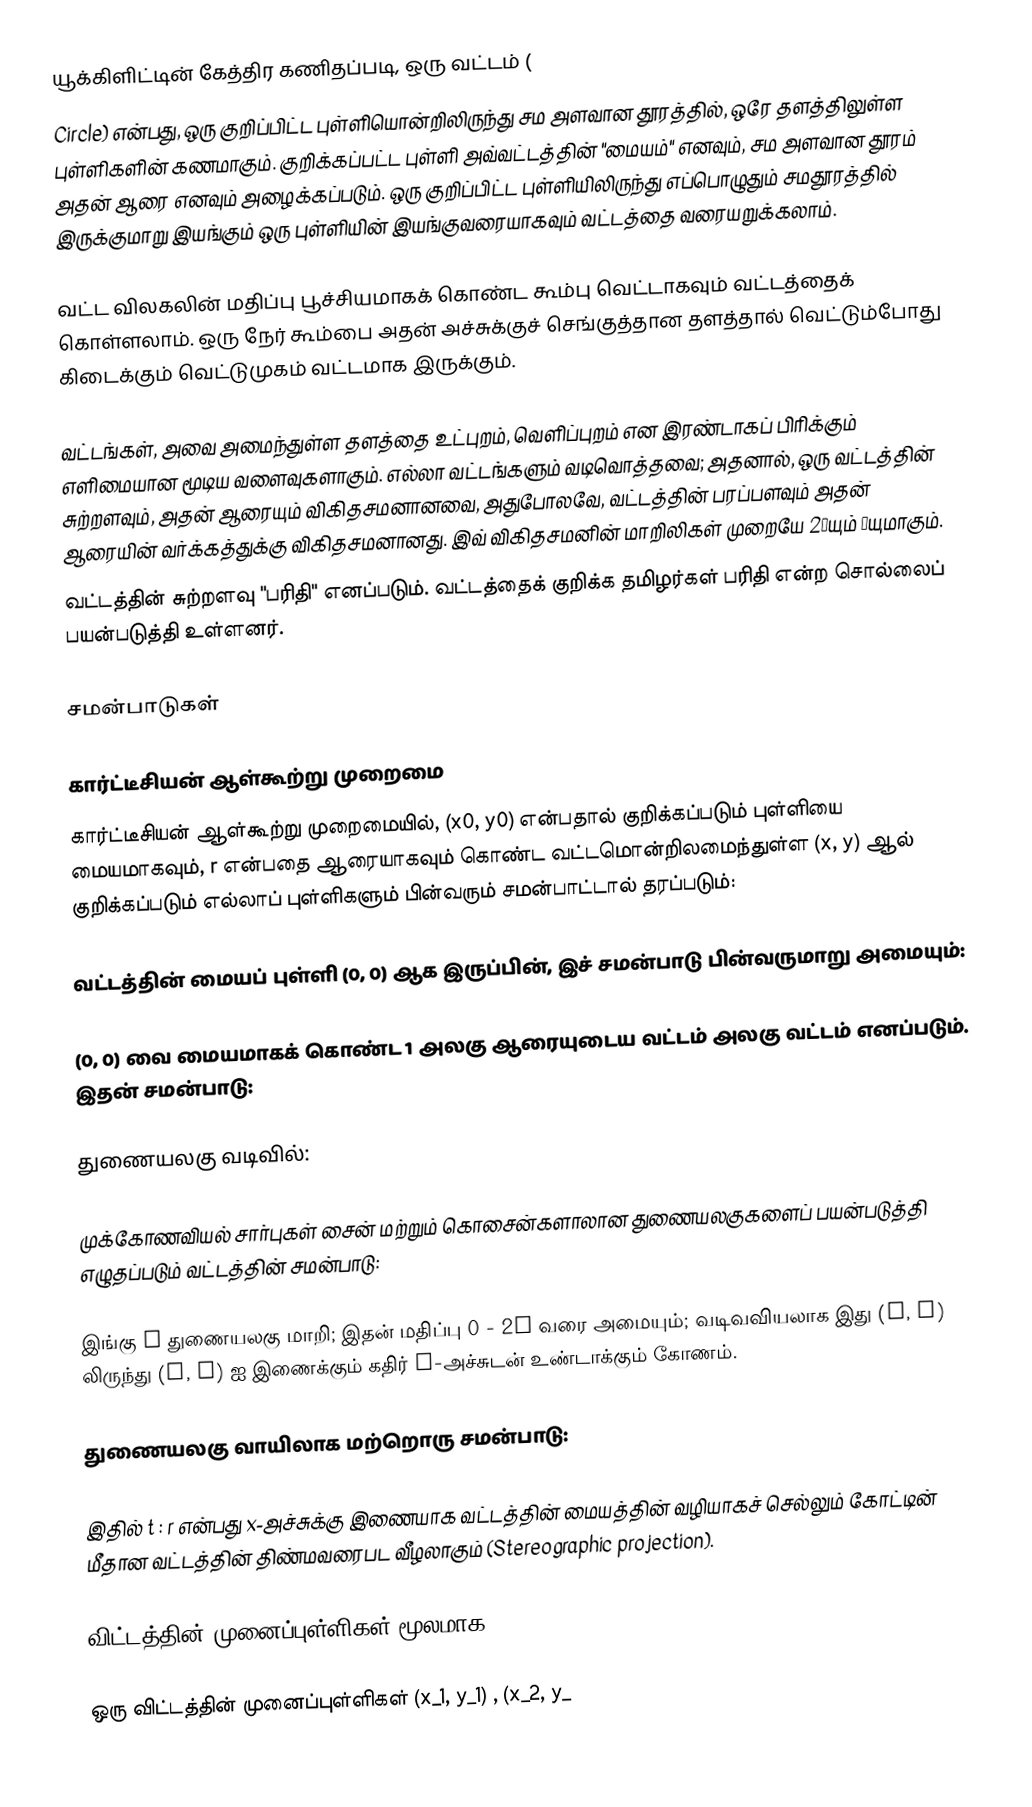
யூக்கிளிட்டின் கேத்திர கணிதப்படி, ஒரு வட்டம் (
Circle) என்பது, ஒரு குறிப்பிட்ட புள்ளியொன்றிலிருந்து சம அளவான தூரத்தில், ஒரே தளத்திலுள்ள புள்ளிகளின் கணமாகும். குறிக்கப்பட்ட புள்ளி அவ்வட்டத்தின் "மையம்" எனவும், சம அளவான தூரம் அதன் ஆரை எனவும் அழைக்கப்படும். ஒரு குறிப்பிட்ட புள்ளியிலிருந்து எப்பொழுதும் சமதூரத்தில் இருக்குமாறு இயங்கும் ஒரு புள்ளியின் இயங்குவரையாகவும் வட்டத்தை வரையறுக்கலாம்.

வட்ட விலகலின் மதிப்பு பூச்சியமாகக் கொண்ட கூம்பு வெட்டாகவும் வட்டத்தைக் கொள்ளலாம். ஒரு நேர் கூம்பை அதன் அச்சுக்குச் செங்குத்தான தளத்தால் வெட்டும்போது கிடைக்கும் வெட்டுமுகம் வட்டமாக இருக்கும்.

வட்டங்கள், அவை அமைந்துள்ள தளத்தை உட்புறம், வெளிப்புறம் என இரண்டாகப் பிரிக்கும் எளிமையான மூடிய வளைவுகளாகும். எல்லா வட்டங்களும் வடிவொத்தவை; அதனால், ஒரு வட்டத்தின் சுற்றளவும், அதன் ஆரையும் விகிதசமனானவை, அதுபோலவே, வட்டத்தின் பரப்பளவும் அதன் ஆரையின் வர்க்கத்துக்கு விகிதசமனானது. இவ் விகிதசமனின் மாறிலிகள் முறையே 2πயும் πயுமாகும்.
வட்டத்தின் சுற்றளவு "பரிதி" எனப்படும். வட்டத்தைக் குறிக்க தமிழர்கள் பரிதி என்ற சொல்லைப் பயன்படுத்தி உள்ளனர்.

சமன்பாடுகள்

கார்ட்டீசியன் ஆள்கூற்று முறைமை
 கார்ட்டீசியன் ஆள்கூற்று முறைமையில், (x0, y0) என்பதால் குறிக்கப்படும் புள்ளியை மையமாகவும், r என்பதை ஆரையாகவும் கொண்ட வட்டமொன்றிலமைந்துள்ள (x, y) ஆல் குறிக்கப்படும் எல்லாப் புள்ளிகளும் பின்வரும் சமன்பாட்டால் தரப்படும்:

வட்டத்தின் மையப் புள்ளி (0, 0) ஆக இருப்பின், இச் சமன்பாடு பின்வருமாறு அமையும்:

(0, 0) வை மையமாகக் கொண்ட 1 அலகு ஆரையுடைய வட்டம் அலகு வட்டம் எனப்படும். இதன் சமன்பாடு:

துணையலகு வடிவில்:

முக்கோணவியல் சார்புகள் சைன் மற்றும் கொசைன்களாலான துணையலகுகளைப் பயன்படுத்தி எழுதப்படும் வட்டத்தின் சமன்பாடு:

இங்கு t துணையலகு மாறி; இதன் மதிப்பு 0 - 2π வரை அமையும்; வடிவவியலாக இது (a, b) லிருந்து  (x, y) ஐ இணைக்கும் கதிர்  x-அச்சுடன் உண்டாக்கும் கோணம்.

துணையலகு வாயிலாக மற்றொரு சமன்பாடு:

இதில் t : r என்பது x-அச்சுக்கு இணையாக வட்டத்தின் மையத்தின் வழியாகச் செல்லும் கோட்டின் மீதான வட்டத்தின் திண்மவரைபட வீழலாகும் (Stereographic projection).

விட்டத்தின் முனைப்புள்ளிகள் மூலமாக:

ஒரு விட்டத்தின் முனைப்புள்ளிகள் (x_1, y_1) , (x_2, y_